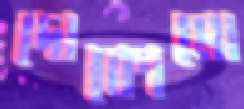
দোকোমো